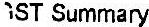
GST SUMMARY